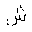
Letter: _shin